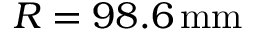
R = 9 8 . 6 \, \mathrm { m m }